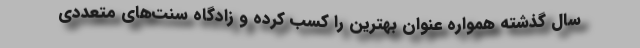
سال گذشته همواره عنوان بهترین را کسب کرده و زادگاه سنت‌های متعددی